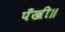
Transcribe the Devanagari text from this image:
पँखी॥